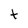
Character: t